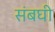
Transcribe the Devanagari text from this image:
संबघी